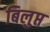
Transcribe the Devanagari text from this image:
बिलुप्त